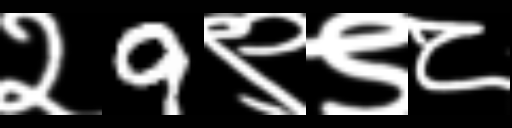
Text: २9९९८